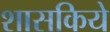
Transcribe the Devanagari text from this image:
शासकिये